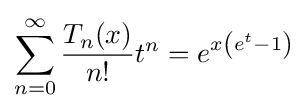
\sum _{n=0}^{\infty }{T_{n}(x) \over n!}t^{n}=e^{x\left(e^{t}-1\right)}